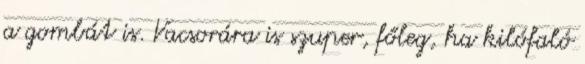
a gombát is. Vacsorára is szuper, főleg, ha kilófaló